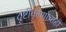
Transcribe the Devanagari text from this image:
दृष्टीकोणाचाही